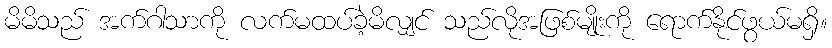
မိမိသည် အက်ဂါသာကို လက်မထပ်ခဲ့မိလျှင် သည်လိုအဖြစ်မျိုးကို ရောက်နိုင်ဖွယ်မရှိ။